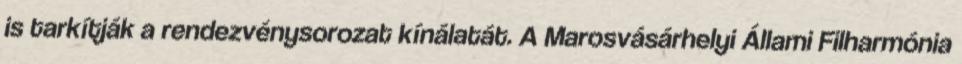
is tarkítják a rendezvénysorozat kínálatát. A Marosvásárhelyi Állami Filharmónia